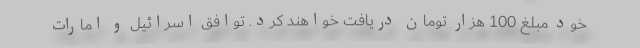
خود مبلغ 100 هزار تومان دریافت خواهند کرد. توافق اسرائیل و امارات